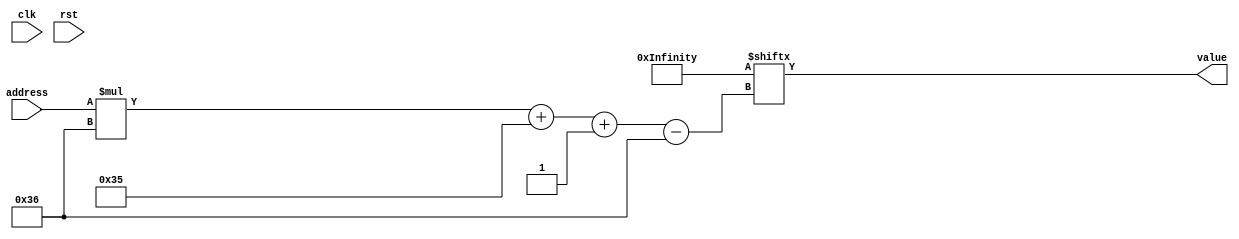
/*
   This file was generated automatically by Alchitry Labs version 1.2.7.
   Do not edit this file directly. Instead edit the original Lucid source.
   This is a temporary file and any changes made to it will be destroyed.
*/

module hardcodeROM_6 (
    input clk,
    input rst,
    input [4:0] address,
    output reg [53:0] value
  );
  
  
  
  localparam TEST_CASE = 1242'h37000f000a0000dc0028003c00075000500040000d40010001400073000400050000cc00140014000638857ac08ff888da15eb02001a216857ac08006881a15eb0215c01a6857ac08685759a15eb023117de6857ac08ec5f61a15eb020a0002ffffffff000107ffec0023ffcc10b0404b10653060001fffc000417fff8000ffff0200020000000007fff00018000000004000000040fffffffffffe;
  
  always @* begin
    value = TEST_CASE[(address)*54+53-:54];
  end
endmodule